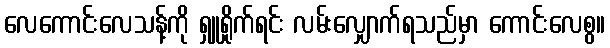
လေကောင်းလေသန့်ကို ရှူရှိုက်ရင်း လမ်းလျှောက်ရသည်မှာ ကောင်းလေစွ။